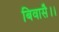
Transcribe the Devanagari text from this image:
बिवासै।।